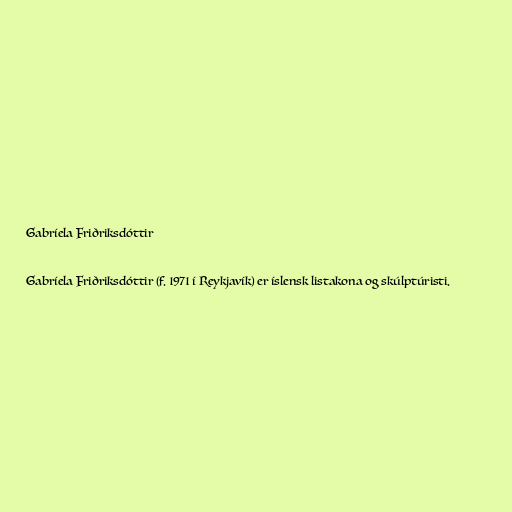
Gabríela Friðriksdóttir

Gabríela Friðriksdóttir (f. 1971 í Reykjavík) er íslensk listakona og skúlptúristi.